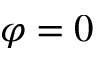
\varphi = 0